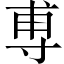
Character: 尃